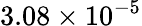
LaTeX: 3.08\times 10^{-5}